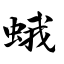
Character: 蛾